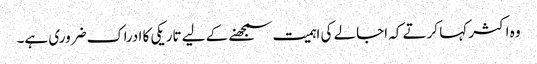
وہ اکثر کہا کرتے کہ اجالے کی اہمیت سمجھنے کے لیے تاریکی کا ادراک ضروری ہے۔